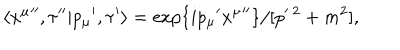
LaTeX: \langle { x ^ { \mu } } ^ { \prime \prime } , \tau ^ { \prime \prime } | { p _ { \mu } } ^ { \prime } , \tau ^ { \prime } \rangle = \exp \{ { i p _ { \mu } } ^ { \prime } { x ^ { \mu } } ^ { \prime \prime } \} / [ p ^ { \ 2 } + m ^ { 2 } ] ,